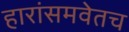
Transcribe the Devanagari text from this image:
हारांसमवेतच